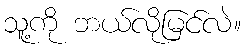
သူ့ကို ဘယ်လိုမြင်လဲ။